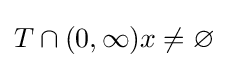
T\cap (0,\infty )x\neq \varnothing